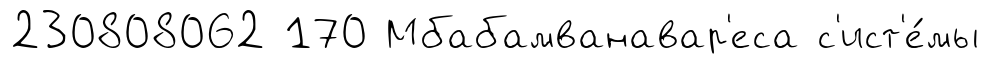
230808062 170 Мбабамванавар'еса с'ист'е́мы